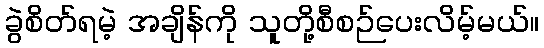
ခွဲစိတ်ရမဲ့ အချိန်ကို သူတို့စီစဉ်ပေးလိမ့်မယ်။